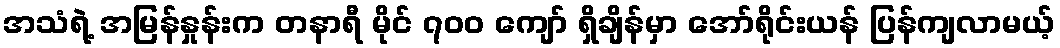
အသံရဲ့ အမြန်နှုန်းက တနာရီ မိုင် ၇၀၀ ကျော် ရှိချိန်မှာ အော်ရိုင်းယန် ပြန်ကျလာမယ့်